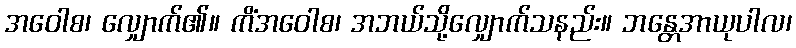
အဝေါစ၊ လျှောက်၏။ ကိံအဝေါစ၊ အဘယ်သို့လျှောက်သနည်း။ ဘန္တေအာယုပါလ၊